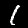
Label: 1